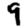
Digit: 9